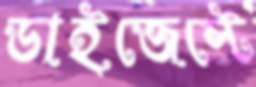
ডাইজেস্টে